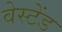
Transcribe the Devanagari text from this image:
वेस्टेंड